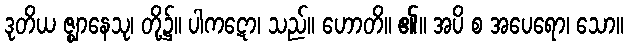
ဒုတိယ ဇ္ဈာနေသု၊ တို့၌။ ပါကဋော၊ သည်။ ဟောတိ။ ၏။ အပိ စ အပေရော၊ သော။